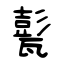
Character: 甏